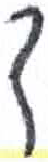
אות: ך